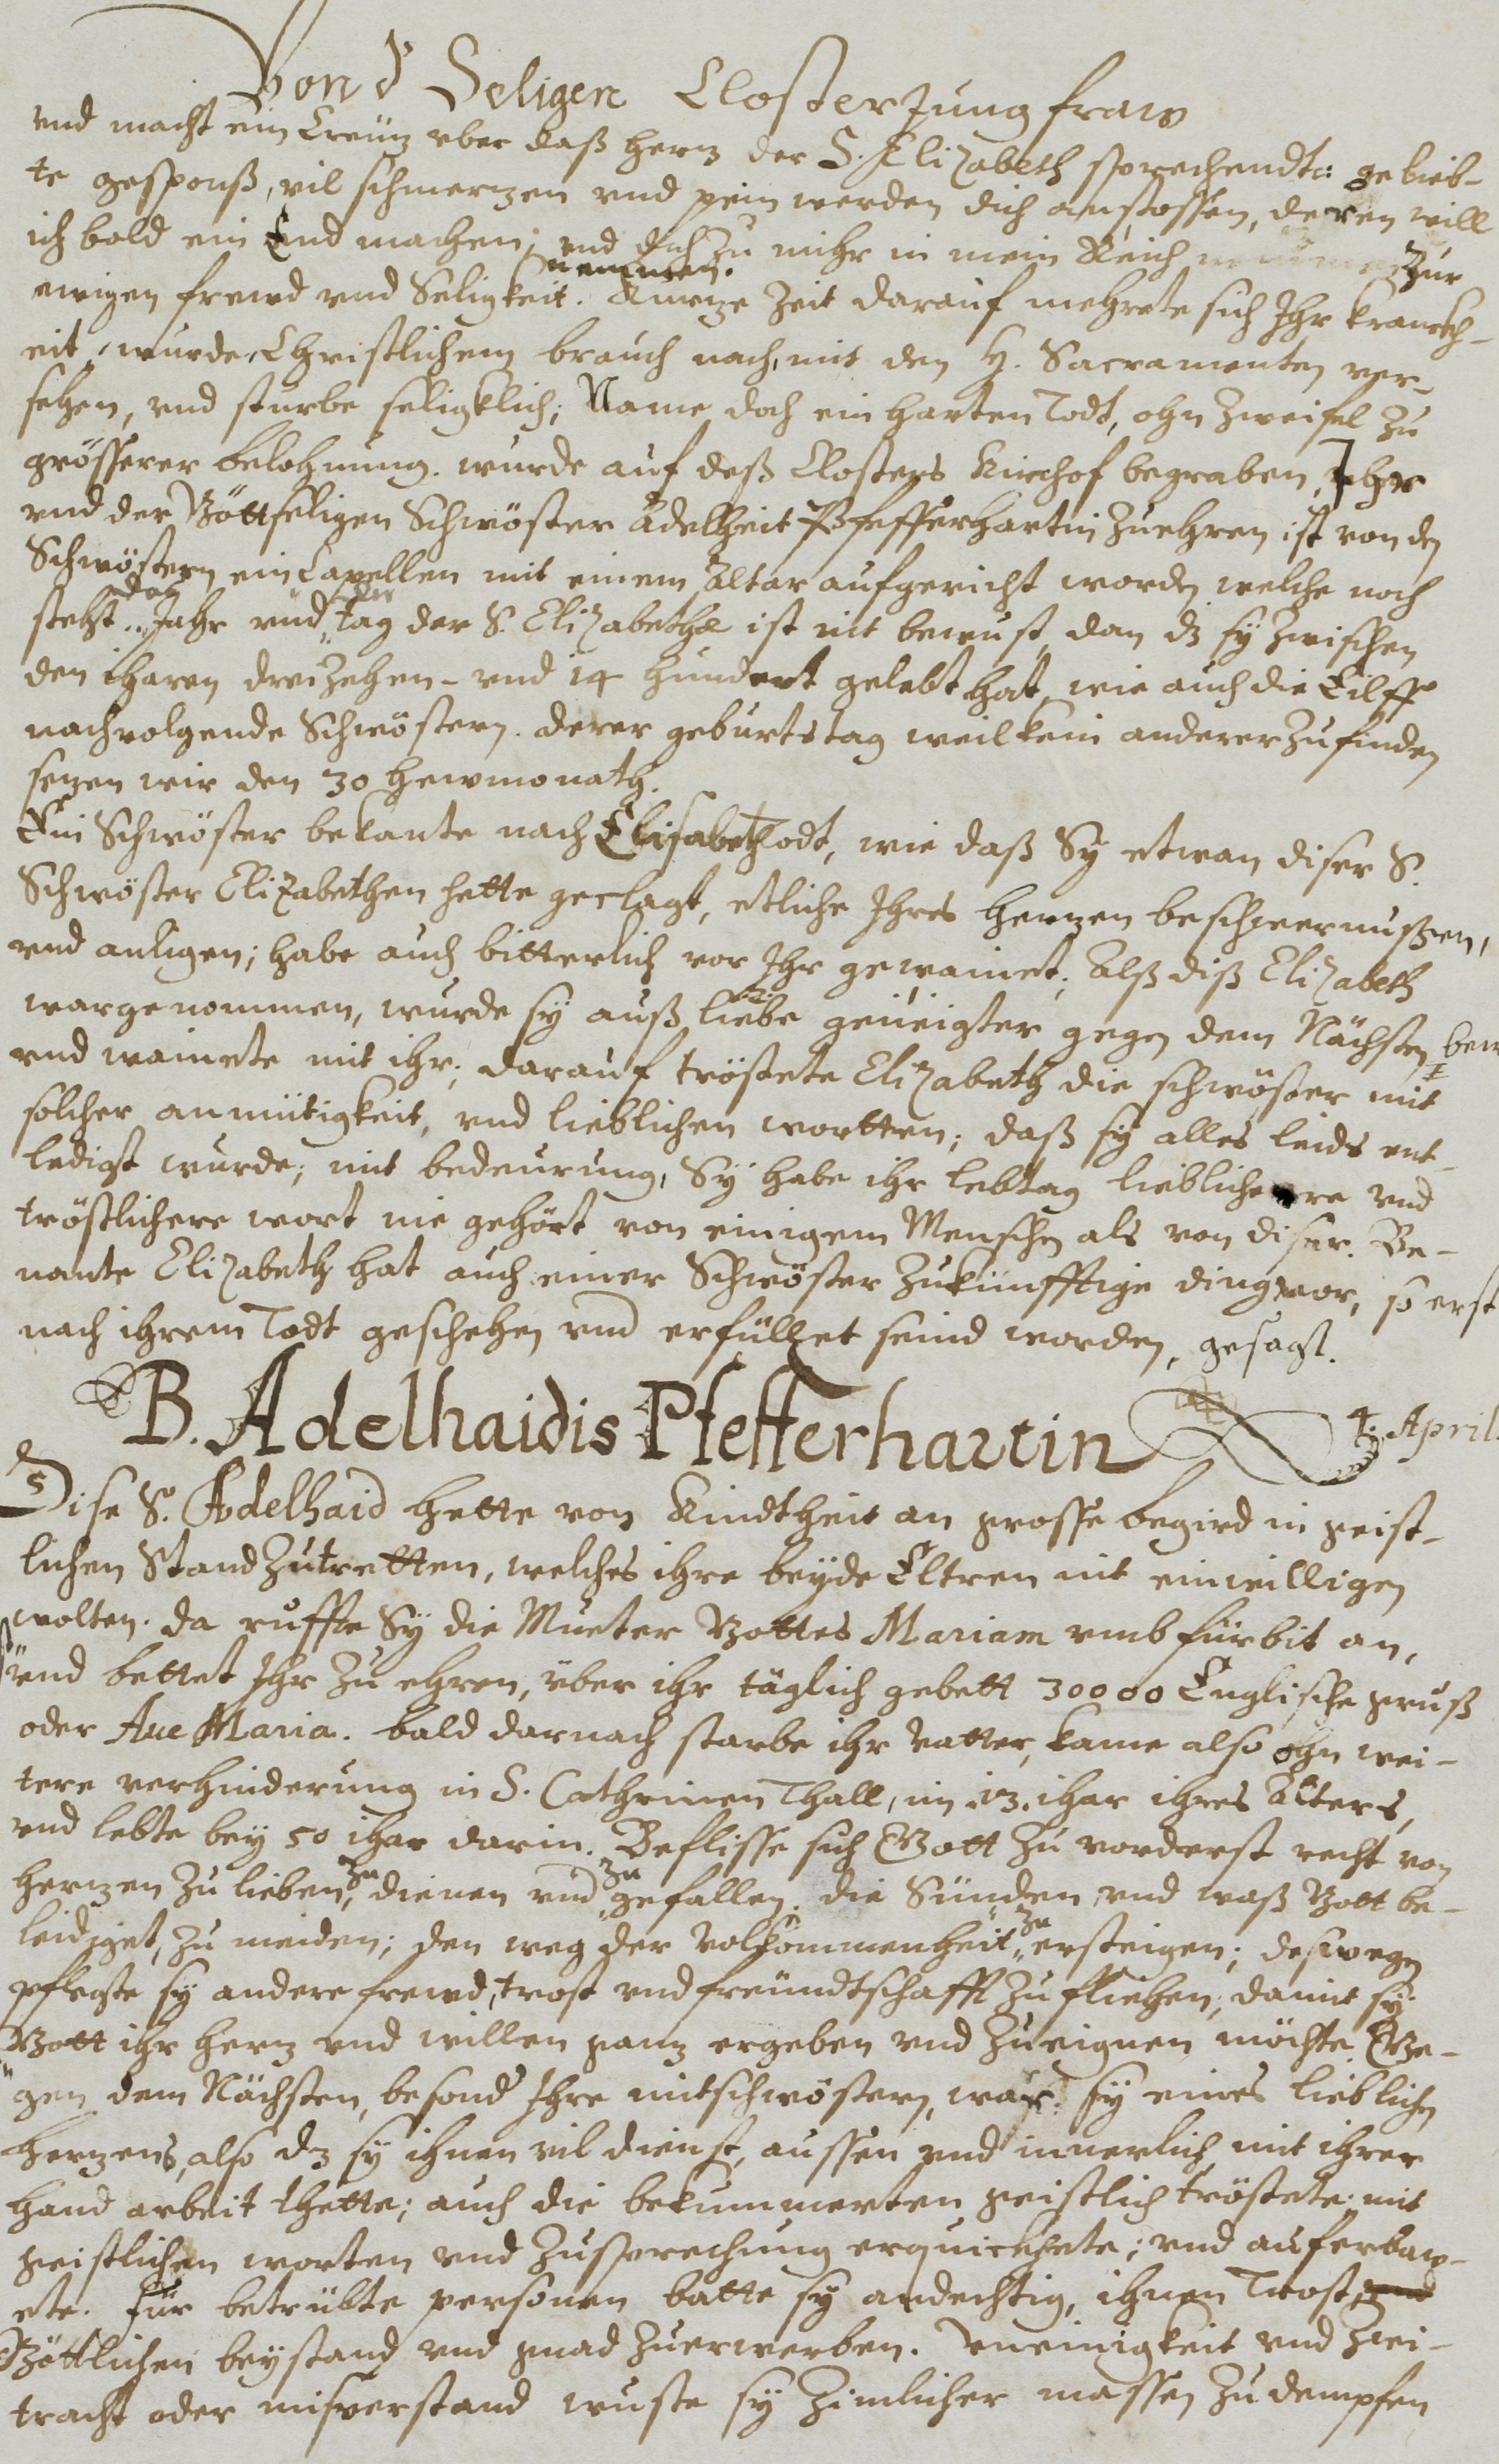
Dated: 1614–1638